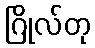
ဂြိုလ်တု